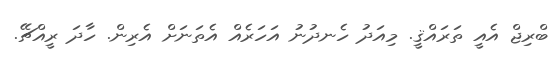
ބްރިޖް އެއީ ތަރައްޤީ. މިއަދު ހެނދުނު އަހަރެއް އެތަނަށް އެރިން. ހާދަ ރީއްޗޭ.